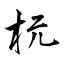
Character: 杬